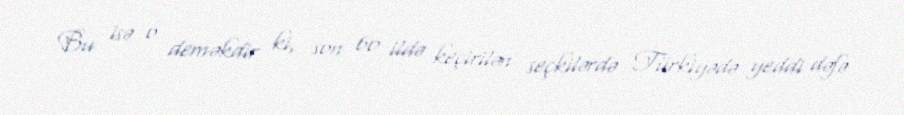
Bu isə o deməkdir ki, son 60 ildə keçirilən seçkilərdə Türkiyədə yeddi dəfə